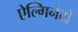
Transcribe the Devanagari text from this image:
ऐल्गिनेटों